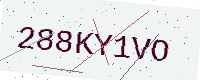
Text: 288KY1VO